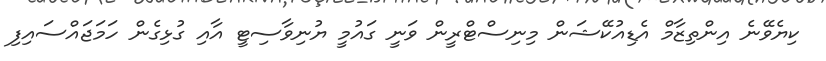
ކިޔެވޭނެ އިންތިޒާމް އެޑިއުކޭޝަން މިނިސްޓްރީން ވަނީ ގައުމީ ޔުނިވާސިޓީ އާއި ގުޅިގެން ހަމަޖައްސައިފި